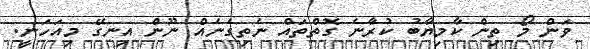
ވަން މޯ ތިން ކާމިޔާބު ކުރާނެ ގޮތްތައް ނެތިގެނެއް ނޫން އިނގޭ މިއަހަނީ.